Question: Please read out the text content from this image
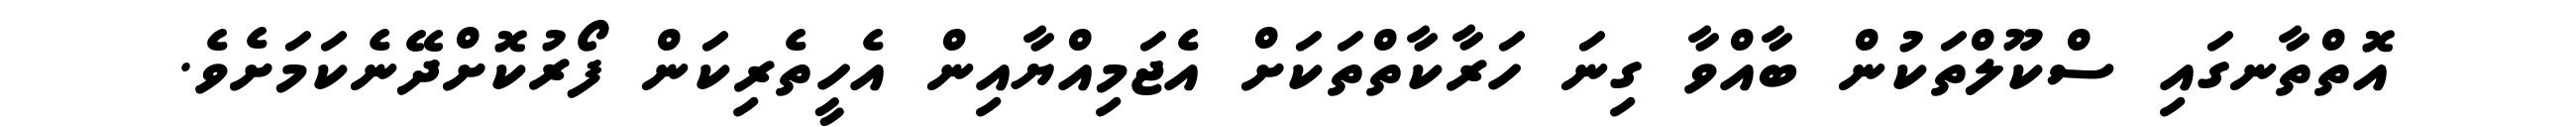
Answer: އޮތްތާނގައި ސްކޫލްތަކުން ބާއްވާ ގިނަ ހަރާކާތްތަކަށް އެޖަމިއްޔާއިން އެހީތެރިކަން ފޯރުކޮށްދޭނެކަމަށެވެ.